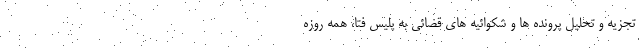
تجزیه و تحلیل پرونده ها و شکوائیه های قضائی به پلیس فتا، همه روزه